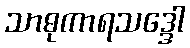
သာဓုကာရသဒ္ဒေါ